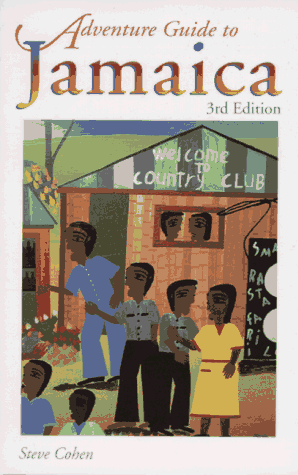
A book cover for Adventure Guide to Jamaica; Steve Cohen; Travel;